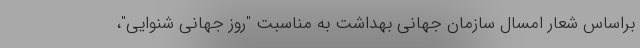
براساس شعار امسال سازمان جهانی بهداشت به مناسبت "روز جهانی شنوایی"،